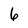
Character: 6